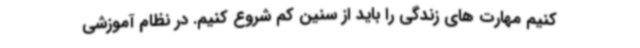
کنیم مهارت های زندگی را باید از سنین کم شروع کنیم. در نظام آموزشی